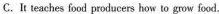
C.It teaches food producers how to grcw food.